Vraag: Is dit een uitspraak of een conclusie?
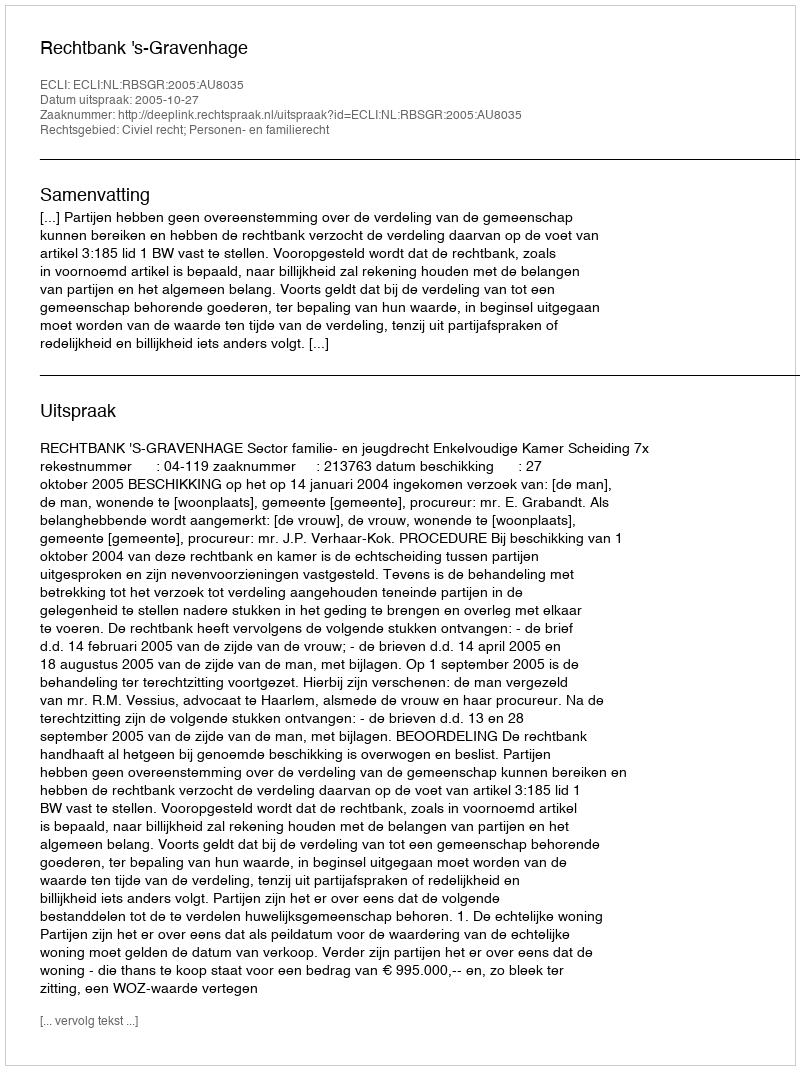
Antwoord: Uitspraak